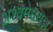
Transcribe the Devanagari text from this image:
अश्वमेधयज्ञ